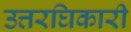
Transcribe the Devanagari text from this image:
उत्तरघिकारी